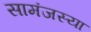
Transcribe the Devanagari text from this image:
सामंजस्या